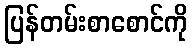
ပြန်တမ်းစာစောင်ကို